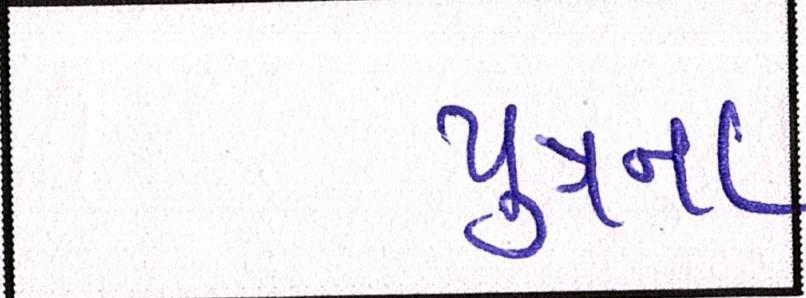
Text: પુત્રના